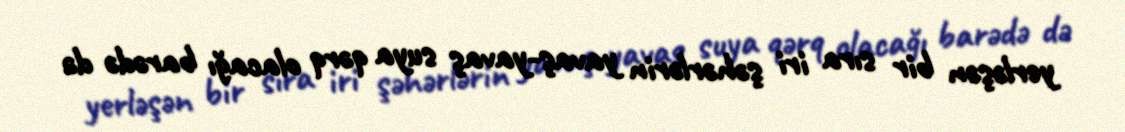
yerləşən bir sıra iri şəhərlərin yavaş-yavaş suya qərq olacağı barədə də